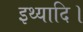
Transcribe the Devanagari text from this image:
इथ्यादि।